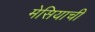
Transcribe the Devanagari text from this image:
मेसियाची